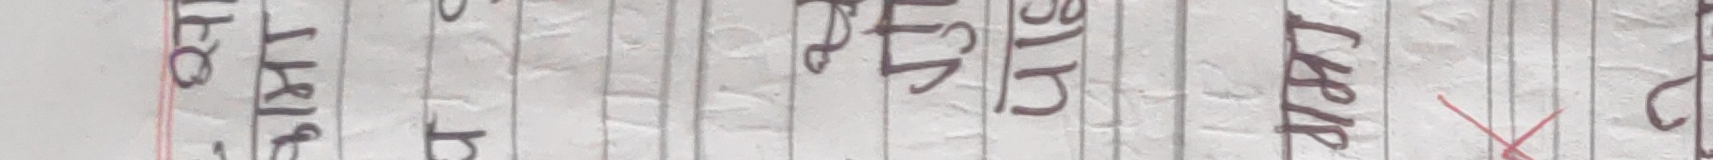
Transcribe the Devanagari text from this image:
गरि पाठ